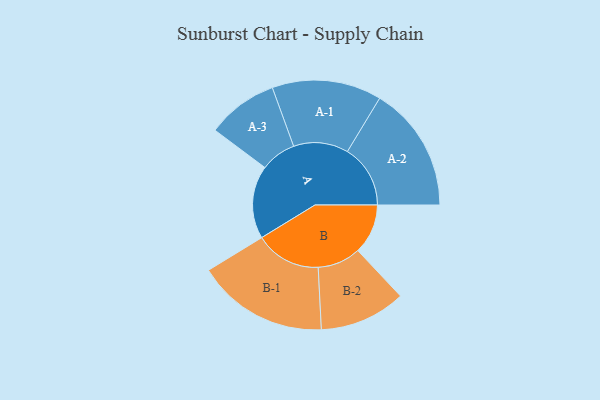
{"axis": {"x": "Segment", "y": "Value"}, "legend": ["", "A", "B"], "data": [{"x": "A", "y": 232, "type": ""}, {"x": "B", "y": 159, "type": ""}, {"x": "A-1", "y": 174, "type": "A"}, {"x": "A-2", "y": 200, "type": "A"}, {"x": "A-3", "y": 113, "type": "A"}, {"x": "B-1", "y": 209, "type": "B"}, {"x": "B-2", "y": 137, "type": "B"}]}